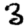
Digit: 3